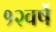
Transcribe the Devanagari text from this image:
१२वर्षे